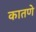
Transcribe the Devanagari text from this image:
कातणे